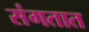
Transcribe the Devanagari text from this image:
संगतात